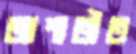
আশাতীত